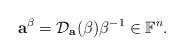
LaTeX: \begin{align*}\mathbf{a}^\beta = \mathcal{D}_\mathbf{a}(\beta)\beta^{-1} \in \mathbb{F}^n .\end{align*}